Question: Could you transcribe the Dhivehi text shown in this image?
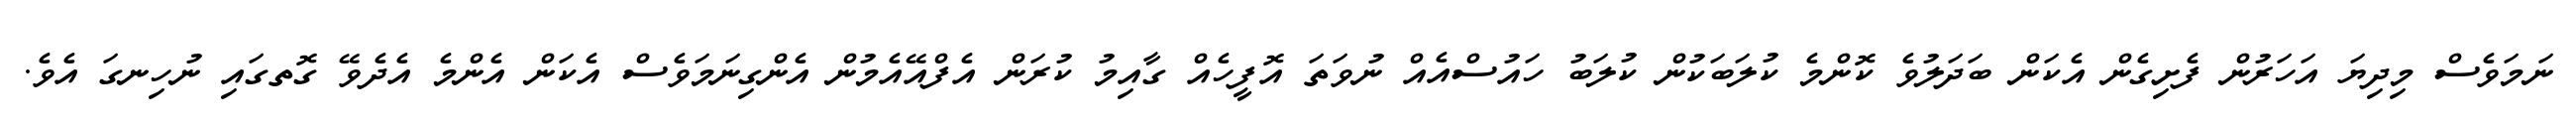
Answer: ނަމަވެސް މިދިޔަ އަހަރުން ފެށިގެން އެކަން ބަދަލުވެ ކޮންމެ ކުލަބަކުން ކުލަބު ހައުސްއެއް ނުވަތަ އޮފީހެއް ގާއިމު ކުރަން އެފްއޭއެމުން އެންގިނަމަވެސް އެކަން އެންމެ އެދެވޭ ގޮތގައި ނުހިނގަ އެވެ.